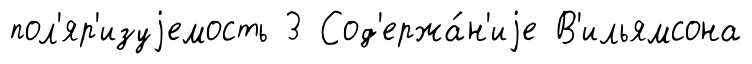
пол'яр'изуjемость 3 Сод'ержа́н'иjе В'ильямсона